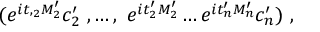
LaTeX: ( e ^ { i t , _ { 2 } M _ { 2 } ^ { \prime } } c _ { 2 } ^ { \prime } \ , \ldots , \ e ^ { i t _ { 2 } ^ { \prime } M _ { 2 } ^ { \prime } } \ldots e ^ { i t _ { n } ^ { \prime } M _ { n } ^ { \prime } } c _ { n } ^ { \prime } ) \ ,